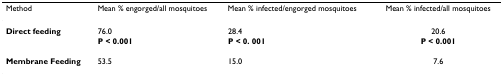
<table><thead><tr><td><b>Method</b></td><td><b>Mean % engorged/all mosquitoes</b></td><td><b>Mean % infected/engorged mosquitoes</b></td><td><b>Mean % infected/all mosquitoes</b></td></tr></thead><tbody><tr><td><b>Direct feeding</b></td><td>76.0</td><td>28.4</td><td>20.6</td></tr><tr><td></td><td><b>P &lt; 0.001</b></td><td><b>P &lt; 0. 001</b></td><td><b>P &lt; 0.001</b></td></tr><tr><td><b>Membrane Feeding</b></td><td>53.5</td><td>15.0</td><td>7.6</td></tr></tbody></table>